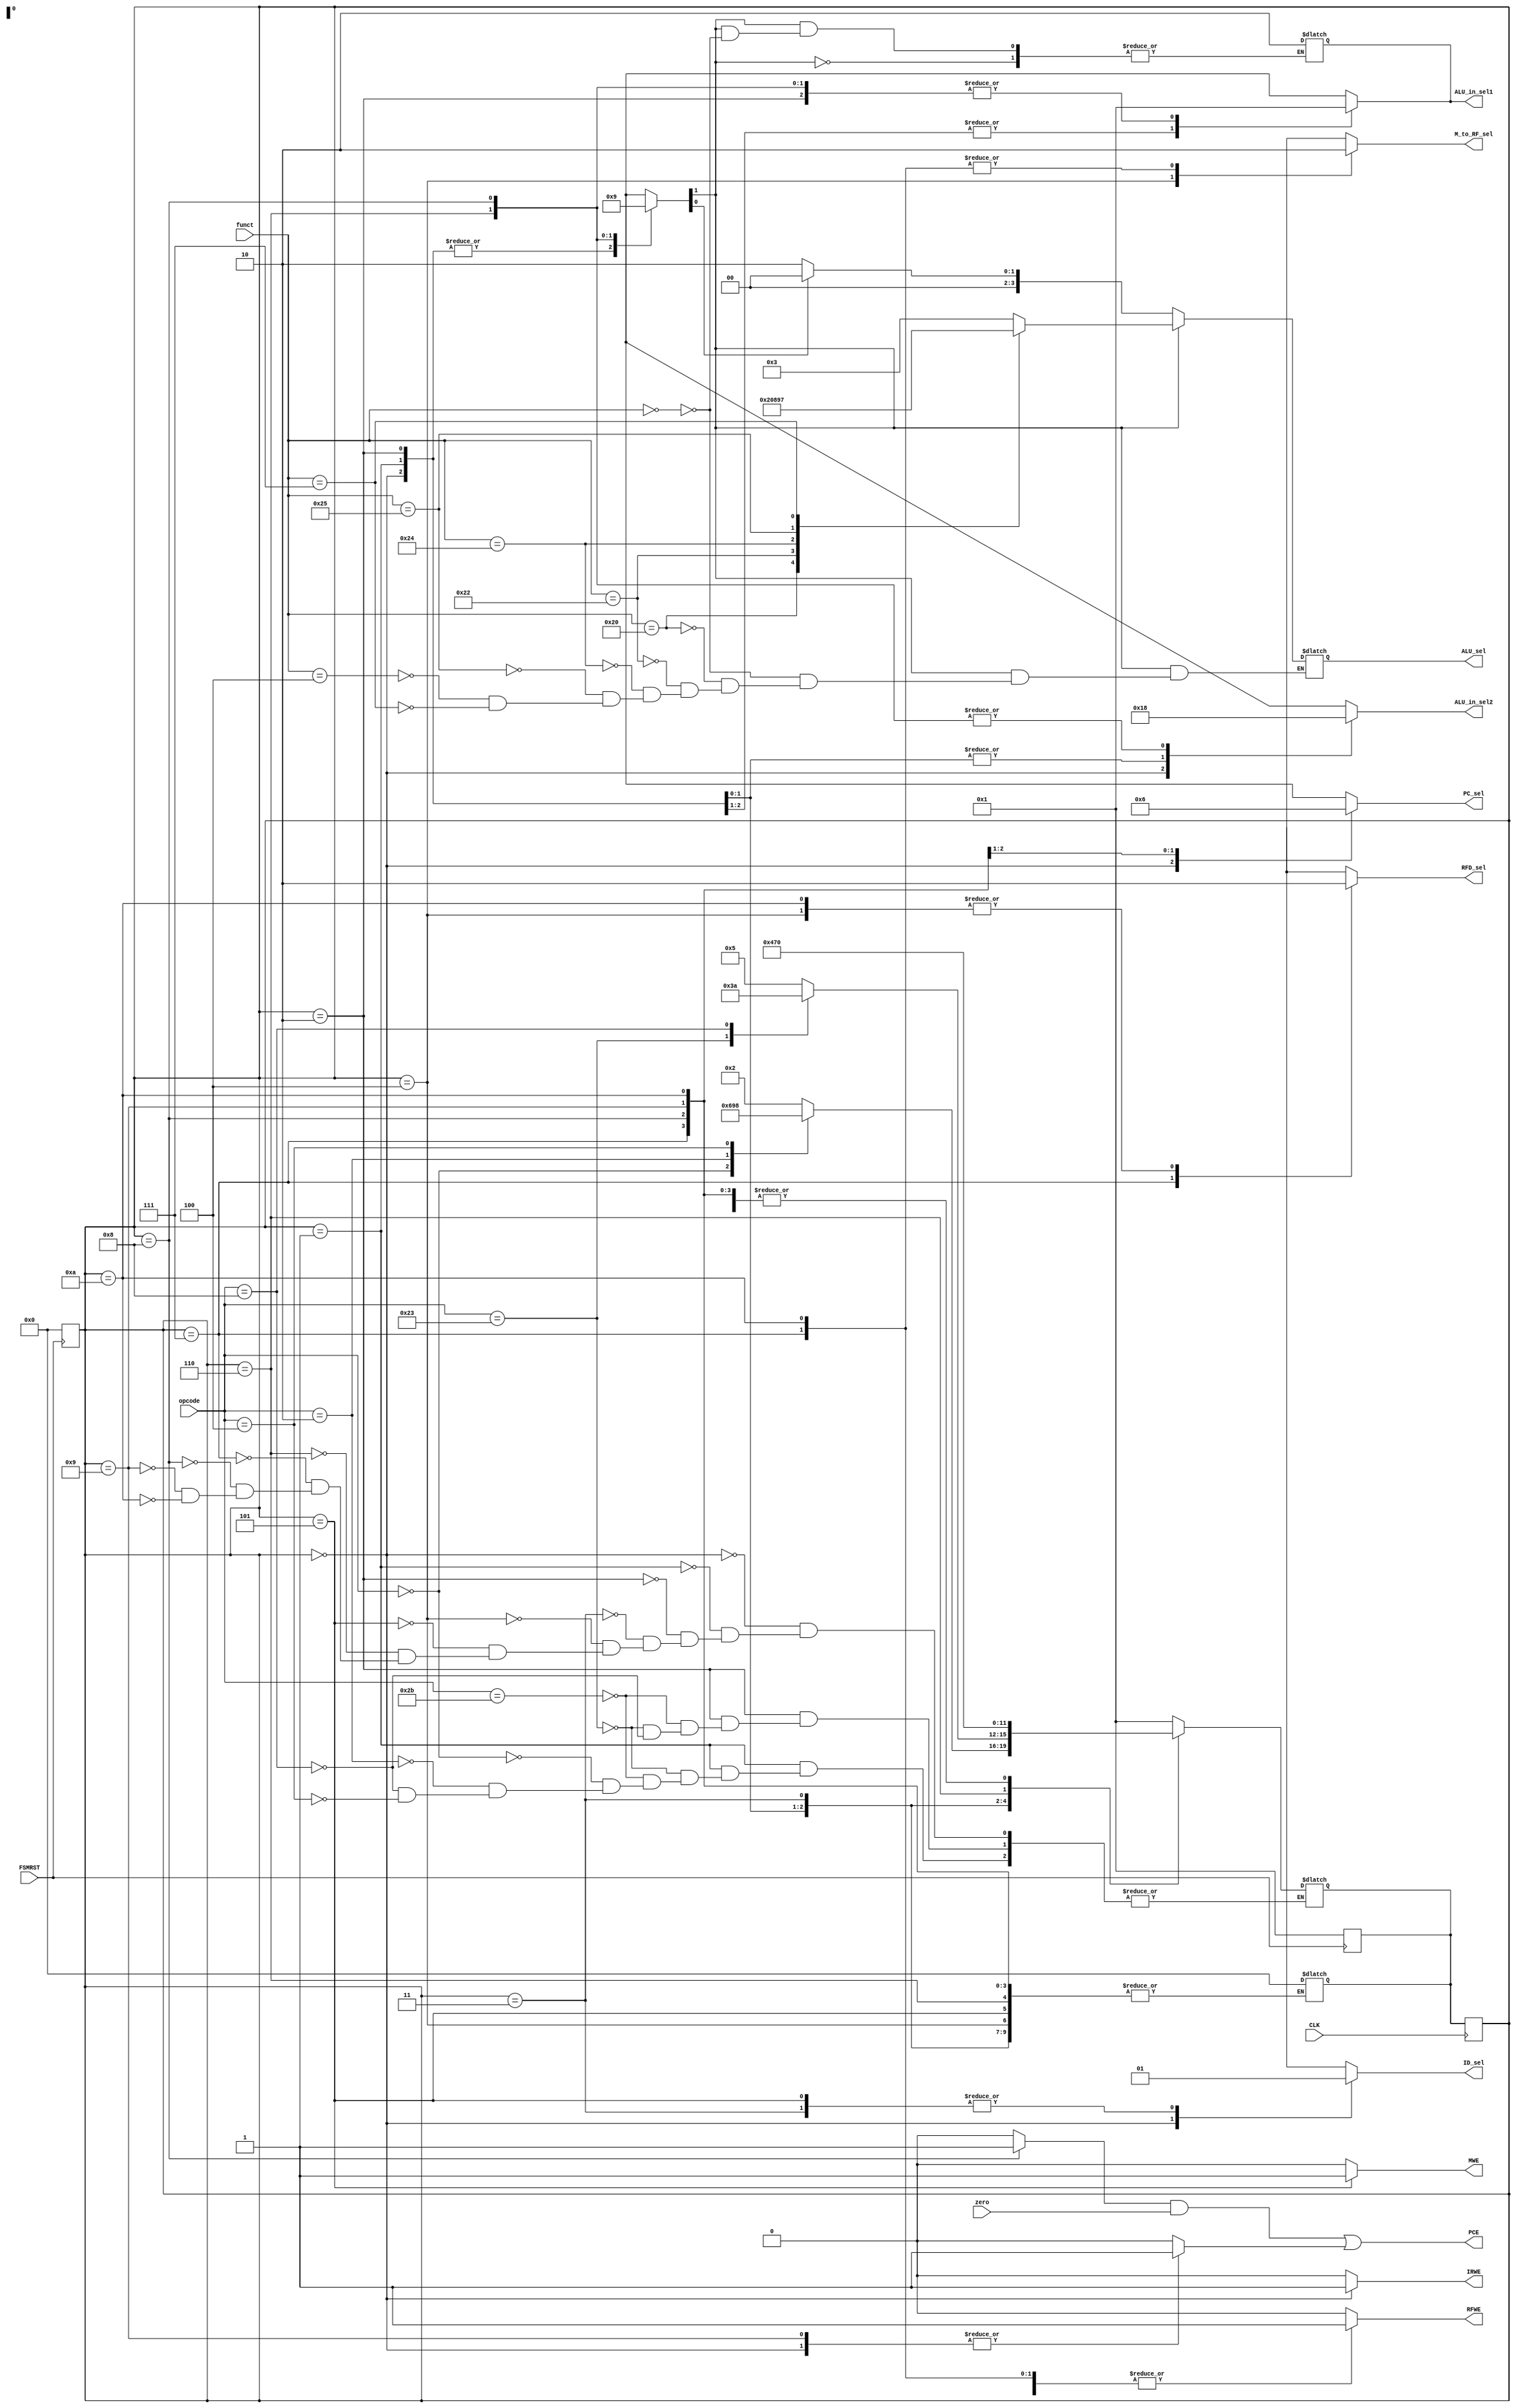
module control_unit( input CLK,
                     input [5:0] opcode,
                     input [5:0] funct,
                     input zero,
                     input FSMRST,
                     
                     output reg RFWE,
                     output reg MWE,
                     output reg IRWE,
                     
                     output wire PCE,
                     
                     output reg [3:0] ALU_sel,
                     output reg M_to_RF_sel,
                     output reg [1:0] ALU_in_sel1,
                     output reg [1:0] ALU_in_sel2,
                     output reg RFD_sel,
                     output reg ID_sel,
                     
                     output reg [1:0] PC_sel              );
    
    // PCE is determined by a logical combination of branch, zero, and PCWE
    // The FSM should drive branch and PCWE
    reg branch;
    reg PCWE;
    assign PCE = (branch && zero) ||  PCWE;
    
    reg [1:0] ALU_op;
    
    // Opcode translations
    parameter LW = 6'b100011, SW = 6'b101011, r_type = 6'b000000, addi = 6'b001000;
    parameter BEQ = 6'b000100, J = 6'b000010;
    
    // Main Decoder
    // Implemented as a FSM
    // ----------------------------------
    // A state for each step
    reg [3:0] current_state, next_state;
    parameter fetch = 4'b0000, decode = 4'b0001, mem_addr = 4'b0010;
    parameter mem_read = 4'b0011, mem_writeback = 4'b0100, mem_enable = 4'b0101;
    parameter execute = 4'b0110, ALU_writeback = 4'b0111, branch_state = 4'b1000;
    parameter jump_state = 4'b1001, immediate = 4'b1010;
    
    // FSM should go to fetch state on reset
    // Set current states to 0 and next state to 1 on rising edge of reset signal
    always @ (posedge FSMRST) begin
        current_state = 0;
        next_state = 1;
    end
    
    // Determine Next State
    always @ (*)
        case (current_state)
            
            // S0
            fetch:
                next_state = decode;
            
            // S1
            decode:
            begin
                case (opcode)
                    
                    LW:
                        next_state = mem_addr;
                    SW:
                        next_state = mem_addr;
                        
                    r_type:
                        next_state = execute;
                        
                    J:
                        next_state = jump_state;                   
                    
                    addi:
                        next_state = mem_addr;
                        
                    BEQ:
                        next_state = branch_state;
                    
                endcase
            end
            
            // S2
            mem_addr:
            begin
                case (opcode)
                
                    SW:
                        next_state = mem_enable;
                        
                    LW:
                        next_state = mem_read;
                        
                    addi:
                        next_state = immediate;
                    
                endcase
            end
            
            // S3
            mem_read:
                next_state = mem_writeback;
                
            // S4
            mem_writeback:
                next_state = fetch;
                
            // S5
            mem_enable:
                next_state = fetch;
                
            // S6
            execute:
                next_state = ALU_writeback;
                
            // S7    
            ALU_writeback:
                next_state = fetch;
            
            // S8
            branch_state:
                next_state = fetch;
                
            // S9
            jump_state:
                next_state = fetch;
                
            // S10
            immediate:
                next_state = fetch;
       
        endcase
    
    
    // Transition to next state on rising clock edge
    always @ (posedge CLK)
        current_state <= next_state;
        
    // Set the output based only on the current state
    // Moore Machine
    always @ (*)
        case (current_state)
        
            // Fetch the next instruction from memory
            fetch:
            begin
                RFWE = 1'b0;
                MWE = 1'b0;
                IRWE = 1'b1;
                PCWE = 1'b1;
                branch = 1'b0;
                
                M_to_RF_sel = 1'bX;
                ALU_in_sel1 = 2'b00;
                ALU_in_sel2 = 2'b01;
                PC_sel = 2'b00;
                RFD_sel = 1'bX;
                ID_sel = 1'b0;
                
                ALU_op = 2'b00;
            end
                
            // Decode the fetched instruction
            decode:
            begin
                RFWE = 1'b0;
                MWE = 1'b0;
                IRWE = 1'b0;
                PCWE = 1'b0;
                branch = 1'b0;
                
                M_to_RF_sel = 1'bX;
                ALU_in_sel1 = 2'b00;
                ALU_in_sel2 = 2'b10;
                PC_sel = 2'bXX;
                RFD_sel = 1'bX;
                ID_sel = 1'bX;
                
                ALU_op = 2'b00;
            end
            
            // Compute the effective address
            // Used for immediate operations aswell
            mem_addr:
            begin
                RFWE = 1'b0;
                MWE = 1'b0;
                IRWE = 1'b0;
                PCWE = 1'b0;
                branch = 1'b0;
                
                M_to_RF_sel = 1'bX;
                ALU_in_sel1 = 2'b01;
                ALU_in_sel2 = 2'b10;
                PC_sel = 2'bXX;
                RFD_sel = 1'bX;
                ID_sel = 1'bX;
                
                ALU_op = 2'b00;
            end
                
            // Read from memory
            mem_read:
            begin
                RFWE = 1'b0;
                MWE = 1'b0;
                IRWE = 1'b0;
                PCWE = 1'b0;
                branch = 1'b0;
                
                M_to_RF_sel = 1'bX;
                ALU_in_sel1 = 2'bXX;
                ALU_in_sel2 = 2'bXX;
                PC_sel = 2'bXX;
                RFD_sel = 1'bX;
                ID_sel = 1'b1;
                
                ALU_op = 2'bXX;
            end
            
            // Write into register file
            mem_writeback:
            begin
                RFWE = 1'b1;
                MWE = 1'b0;
                IRWE = 1'b0;
                PCWE = 1'b0;
                branch = 1'b0;
                
                M_to_RF_sel = 1'b1;
                ALU_in_sel1 = 2'bXX;
                ALU_in_sel2 = 2'bXX;
                PC_sel = 2'bXX;
                RFD_sel = 1'b0;
                ID_sel = 1'bX;
                
                ALU_op = 2'bXX;
            end
            
            // Write into memory
            mem_enable:
            begin
                RFWE = 1'b0;
                MWE = 1'b1;
                IRWE = 1'b0;
                PCWE = 1'b0;
                branch = 1'b0;
                
                M_to_RF_sel = 1'bX;
                ALU_in_sel1 = 2'bXX;
                ALU_in_sel2 = 2'bXX;
                PC_sel = 2'bXX;
                RFD_sel = 1'bX;
                ID_sel = 1'b1;
                
                ALU_op = 2'bXX;
            end
            
            // Perform ALU operation based on funct
            execute:
            begin
                RFWE = 1'b0;
                MWE = 1'b0;
                IRWE = 1'b0;
                PCWE = 1'b0;
                branch = 1'b0;
                
                M_to_RF_sel = 1'bX;
                ALU_in_sel1 = 2'b01;
                ALU_in_sel2 = 2'b00;
                PC_sel = 2'bXX;
                RFD_sel = 1'bX;
                ID_sel = 1'bX;
                
                ALU_op = 2'b10;
            end
            
            // Write to register file from ALU result
            ALU_writeback:
            begin
                RFWE = 1'b1;
                MWE = 1'b0;
                IRWE = 1'b0;
                PCWE = 1'b0;
                branch = 1'b0;
                
                M_to_RF_sel = 1'b0;
                ALU_in_sel1 = 2'bXX;
                ALU_in_sel2 = 2'bXX;
                PC_sel = 2'bXX;
                RFD_sel = 1'b1;
                ID_sel = 1'bX;
                
                ALU_op = 2'bXX;
            end
            
            // Check for branch equals condition
            branch_state:
            begin
                RFWE = 1'b0;
                MWE = 1'b0;
                IRWE = 1'b0;
                PCWE = 1'b0;
                branch = 1'b1;
                
                M_to_RF_sel = 1'bX;
                ALU_in_sel1 = 2'b01;
                ALU_in_sel2 = 2'b00;
                PC_sel = 2'b01;
                RFD_sel = 1'bX;
                ID_sel = 1'bX;
                
                ALU_op = 2'b01;
            end
            
            // Store the jump address into PC
            jump_state:
            begin
                RFWE = 1'b0;
                MWE = 1'b0;
                IRWE = 1'b0;
                PCWE = 1'b1;
                branch = 1'b0;
                
                M_to_RF_sel = 1'bX;
                ALU_in_sel1 = 2'bXX;
                ALU_in_sel2 = 2'bXX;
                PC_sel = 2'b10;
                RFD_sel = 1'bX;
                ID_sel = 1'bX;
                
                ALU_op = 2'bXX;
            end
            
            // Write to register file 
            immediate:
            begin
                RFWE = 1'b1;
                MWE = 1'b0;
                IRWE = 1'b0;
                PCWE = 1'b0;
                branch = 1'b0;
                
                M_to_RF_sel = 1'b0;
                ALU_in_sel1 = 2'bXX;
                ALU_in_sel2 = 2'bXX;
                PC_sel = 2'bXX;
                RFD_sel = 1'b0;
                ID_sel = 1'bX;
                
                ALU_op = 2'bXX;
            end
            
            // Erroneous state: Disable synchronous components
            // Reset FSM
            default:
            begin
                RFWE = 1'b0;
                MWE = 1'b0;
                IRWE = 1'b0;
                PCWE = 1'b0;
                branch = 1'b0;
                
                M_to_RF_sel = 1'bX;
                ALU_in_sel1 = 2'bXX;
                ALU_in_sel2 = 2'bXX;
                PC_sel = 2'bXX;
                RFD_sel = 1'bX;
                ID_sel = 1'bX;
                
                ALU_op = 2'bXX;
                
                next_state = 0;
            end 
        endcase
        
        
        
        
        
    
    // ALU_sel values
    parameter ADD=4'b0010, SUB=4'b0000, SLL=4'b0011, LRS=4'b0100, LVLS=4'b0101, LVRS=4'b0110;
    parameter SRA=4'b0111, AND=4'b1000, OR=4'b1001, XOR=4'b1010, XNOR=4'b1011;
    
    // ALU Decoder
    always @ (opcode or funct or ALU_op) begin
    
        // Funct is irrelevant. The operation is either ADD or SUB 
        if (ALU_op[1] == 0) begin
            if (ALU_op[0] == 0)
                ALU_sel = ADD;
            else 
                ALU_sel = SUB;
        
        // ALU_op[1] is 1 so we need to look at funct for the operation
        end else begin 
            case (funct)
                
                // Only immediate shift operations should have ALU_in_sel1 = 10
                6'b000000: begin
                    ALU_sel = SLL;
                    ALU_in_sel1 = 2'b10;
                end
                
                6'b100000: ALU_sel = ADD;
                6'b100010: ALU_sel = SUB;
                6'b100100: ALU_sel = AND;
                6'b100101: ALU_sel = OR;
                6'b000100: ALU_sel = SLL;
                6'b000111: ALU_sel = SRA;
                //6'b101010: ALU_sel = SLT;
            endcase
        end
    end
endmodule